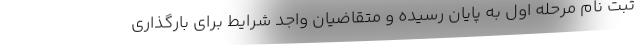
ثبت نام مرحله اول به پایان رسیده و متقاضیان واجد شرایط برای بارگذاری